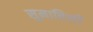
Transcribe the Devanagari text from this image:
सुनाविली